Vaccine operations Central Provinces 1900-1911 - 1900-1911
Year: 1900
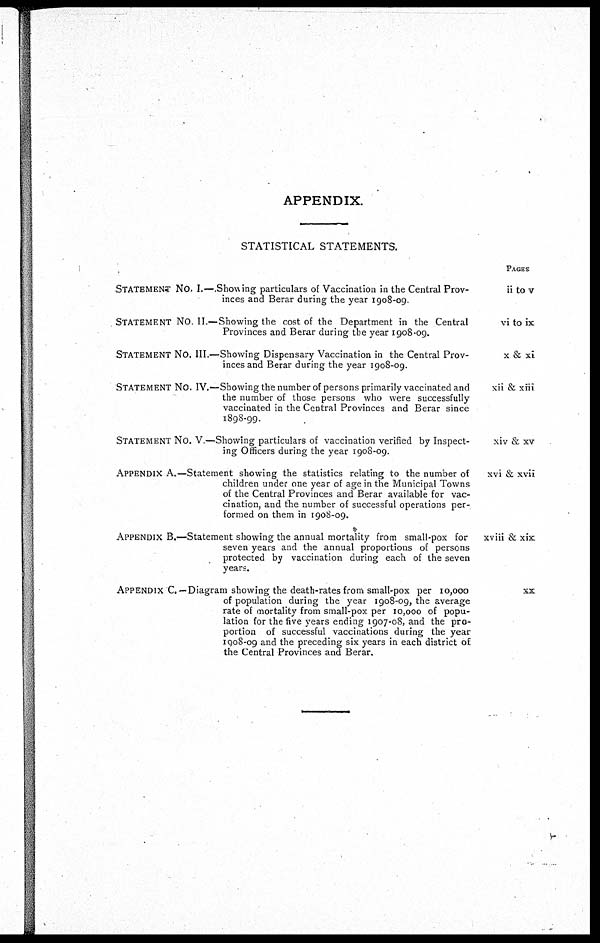
APPENDIX.
STATISTICAL STATEMENTS.
STATEMENT NO. I.—.Showing particulars of Vaccination in the Central Prov-
inces and Berar during the year 1908-09.
STATEMENT NO. II.—Showing the cost of the Department in the Central
Provinces and Berar during the year 1908-09.
STATEMENT NO. III.—Showing Dispensary Vaccination in the Central Prov-
inces and Berar during the year 1908-09.
STATEMENT NO. IV.—Showing the number of persons primarily vaccinated and
the number of those persons who were successfully
vaccinated in the Central Provinces and Berar since
1898-99.
STATEMENT NO. V.—Showing particulars of vaccination verified by Inspect-
ing Officers during the year 1908-09.
APPENDIX A.—Statement showing the statistics relating to the number of
children under one year of age in the Municipal Towns
of the Central Provinces and Berar available for vac-
cination, and the number of successful operations per-
formed on them in 1908-09.
APPENDIX B.—Statement showing the annual mortality from small-pox for
seven years and the annual proportions of persons
protected by vaccination during each of the seven
years.
APPENDIX C —Diagram showing the death-rates from small-pox per 10,000
of population during the year 1908-09, the average
rate of mortality from small-pox per 10,000 of popu-
lation for the five years ending 1907-08, and the pro-
portion of successful vaccinations during the year
1908-09 and the preceding six years in each district of
the Central Provinces and Berar.
PAGES
ii to v
vi to ix
x & xi
xii & xiii
xiv & xv
xvi & xvii
xviii & xix
xx